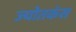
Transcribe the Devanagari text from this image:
ज्योतकंस